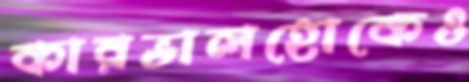
কারভালহোকেও